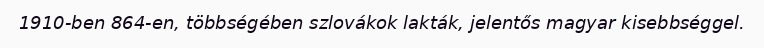
1910-ben 864-en, többségében szlovákok lakták, jelentős magyar kisebbséggel.